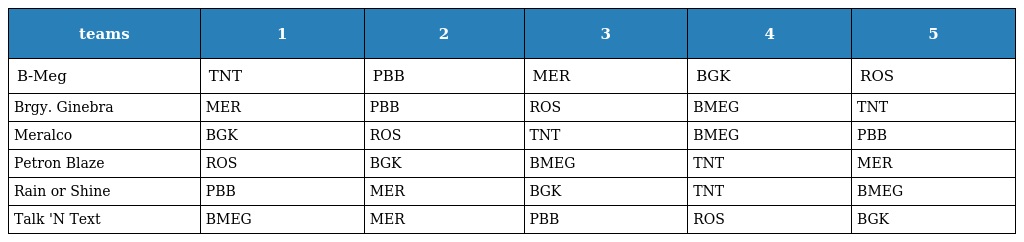
| teams | 1 | 2 | 3 | 4 | 5 |
 | --- | --- | --- | --- | --- | --- |
 | B-Meg | TNT | PBB | MER | BGK | ROS |
 | Brgy. Ginebra | MER | PBB | ROS | BMEG | TNT |
 | Meralco | BGK | ROS | TNT | BMEG | PBB |
 | Petron Blaze | ROS | BGK | BMEG | TNT | MER |
 | Rain or Shine | PBB | MER | BGK | TNT | BMEG |
 | Talk 'N Text | BMEG | MER | PBB | ROS | BGK |